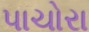
પાચોરા